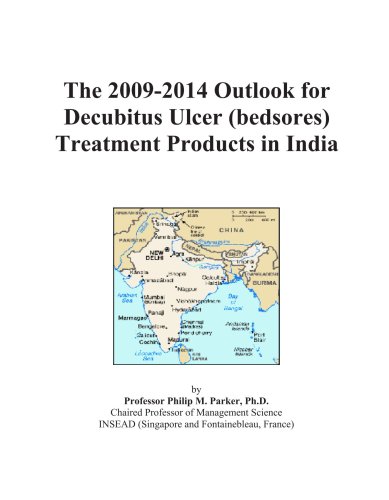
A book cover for The 2009-2014 Outlook for Decubitus Ulcer (bedsores) Treatment Products in India; Icon Group International; Health, Fitness & Dieting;